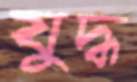
যুদ্ধ